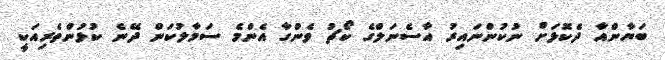
ބަޔާންއާ ދެކޮޅަށް ނުކުންނައިރު އާސެނަލްގެ ކޯޗު ވެންގާ އެންމެ ސަމާލުކަން ދޭނެ ކުޅުންތެރިއަކީ